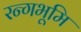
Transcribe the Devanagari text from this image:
रन्गभूमि